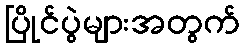
ပြိုင်ပွဲများအတွက်